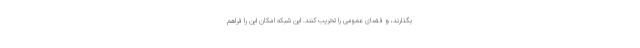
بگذارند، و فضای عمومی را تخریب کنند. این شبکه امکان این را فراهم